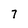
Character: 7